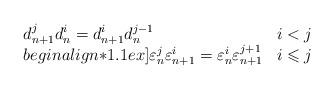
LaTeX: \begin{align*}\begin{array}{lr}d_{n+1}^jd^i_n=d^i_{n+1}d_n^{j-1} & i<j \\begin{align*}1.1ex]\varepsilon_n^j\varepsilon_{n+1}^i=\varepsilon_n^i\varepsilon_{n+1}^{j+1} & i\leqslant j\end{array}\end{align*}